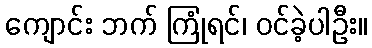
ကျောင်း ဘက် ကြုံရင်၊ ဝင်ခဲ့ပါဦး။